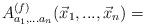
LaTeX: \begin{align*}A^{(f)}_{a_1,...a_n}(\vec x_1,...,\vec x_n) =\end{align*}